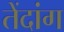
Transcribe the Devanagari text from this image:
तेंदांग